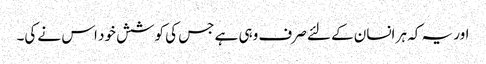
اور یہ کہ ہر انسان کے لئے صرف وہی ہے جس کی کوشش خود اس نے کی۔